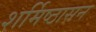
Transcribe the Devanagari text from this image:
शर्मिष्ठासन